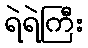
ရဲရဲကြီး